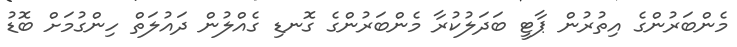
މެންބަރުންގެ އިތުރުން ޕާޓީ ބަދަލުކުރާ މެންބަރުންގެ ގޮނޑި ގެއްލުން ދައުލަތް ހިންގުމަށް ބޮޑު